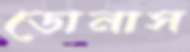
ডোনাস